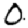
Digit: 0